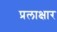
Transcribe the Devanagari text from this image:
प्रलाक्षार